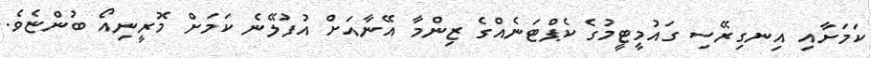
ކަމަށާއި އިނގިރޭސި ގައުމީޓީމުގެ ކެޕްޓަނެއްގެ ޒިންމާ އޭނާއަށް އުފުލޭނެ ކަމަށް މޮރީނިއޯ ބުންޏެވެ.